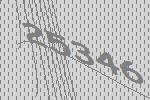
25346